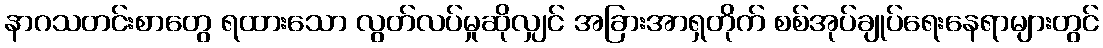
နာဂသတင်းစာတွေ ရထားသော လွတ်လပ်မှုဆိုလျှင် အခြားအာရှတိုက် စစ်အုပ်ချုပ်ရေးနေရာများတွင်